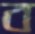
ব